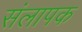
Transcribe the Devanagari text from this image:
संलापक